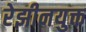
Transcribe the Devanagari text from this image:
रेझीनयुक्त